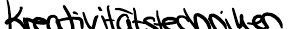
Kreativitätstechniken